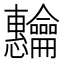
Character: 𬺡